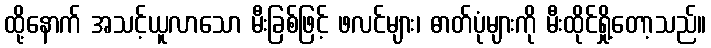
ထို့နောက် အသင့်ယူလာသော မီးခြစ်ဖြင့် ဖလင်များ၊ ဓာတ်ပုံများကို မီးထိုင်ရှို့တော့သည်။